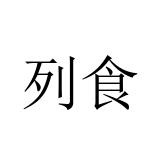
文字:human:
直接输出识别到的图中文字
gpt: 列食